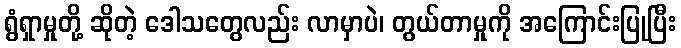
ရွံရှာမှုတို့ ဆိုတဲ့ ဒေါသတွေလည်း လာမှာပဲ၊ တွယ်တာမှုကို အကြောင်းပြုပြီး